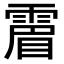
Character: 𩄎